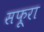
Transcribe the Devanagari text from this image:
सफूरा